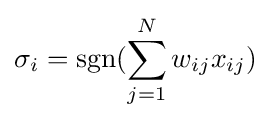
\sigma _{i}=\operatorname {sgn} (\sum _{j=1}^{N}w_{ij}x_{ij})